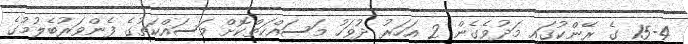
15-4 ގެ ރޭންކުގައި މަދުވެގެން 2 އަހަރު ދުވަހު މަސައްކަތްކޮށް މަސައްކަތުގެ ފެންވަރުބެލުމުގެ